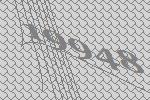
19948